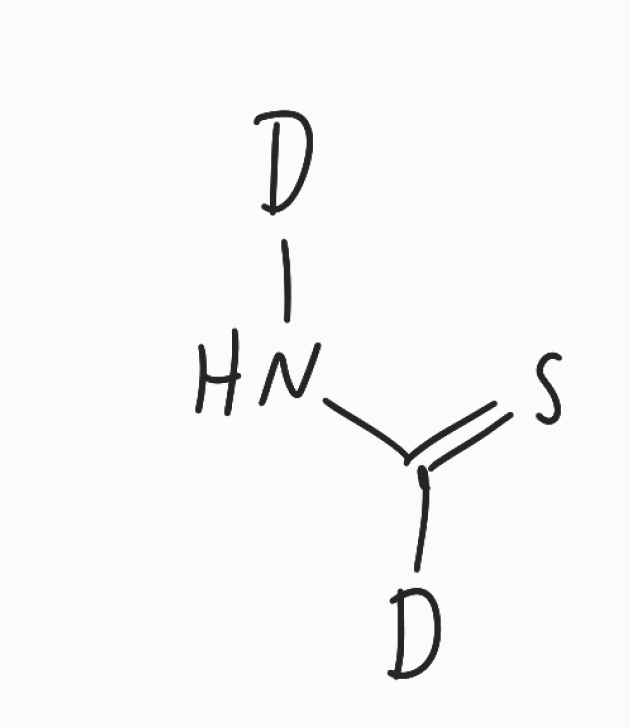
Simplified molecular-input line-entry system (SMILES) notation of the given molecule:
[2H]C(=S)N[2H]